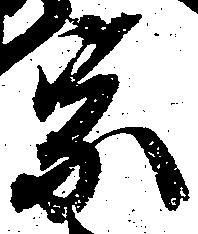
宗